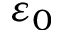
\varepsilon _ { 0 }